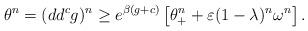
LaTeX: \begin{align*}\theta^n = (dd^c g)^n \geq e^{\beta(g+c)} \left[\theta_+^n + \varepsilon(1-\lambda)^n \omega^n\right]. \end{align*}